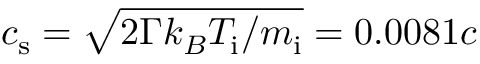
c _ { \mathrm { s } } = \sqrt { 2 \Gamma k _ { B } T _ { \mathrm { i } } / m _ { \mathrm { i } } } = 0 . 0 0 8 1 c